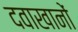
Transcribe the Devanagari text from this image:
दवाखानों